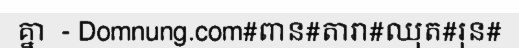
គ្នា  - Domnung.com#ពាន#តារា#ឈុត#រុន#